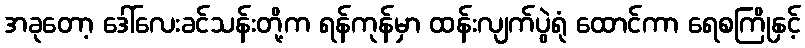
အခုတော့ ဒေါ်လေးခင်သန်းတို့က ရန်ကုန်မှာ ထန်းလျက်ပွဲရုံ ထောင်ကာ ရေစကြိုနှင့်